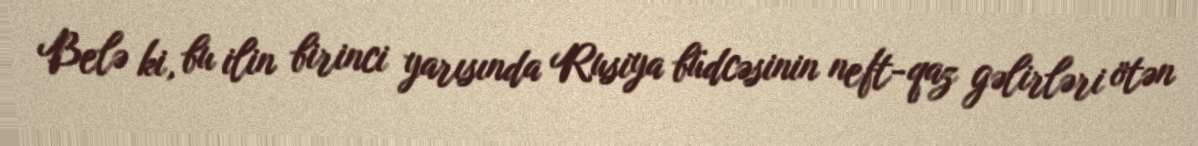
Belə ki, bu ilin birinci yarısında Rusiya büdcəsinin neft-qaz gəlirləri ötən